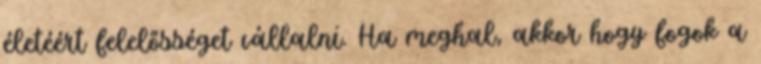
életéért felelősséget vállalni. Ha meghal, akkor hogy fogok a